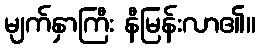
မျက်နှာကြီး နီမြန်းလာ၏။